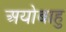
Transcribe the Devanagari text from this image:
अयोबाहु